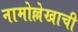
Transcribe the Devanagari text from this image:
नामोल्लेखाची